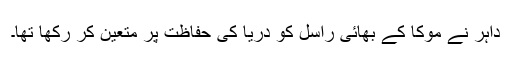
داہر نے موکا کے بھائی راسل کو دریا کی حفاظت پر متعین کر رکھا تھا۔